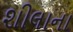
શીલાના